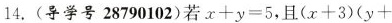
14. (导学号 28790102) 若$$x + y = 5$$，且$$( x + 3 ) ( y +